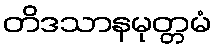
တိဒသာနမုတ္တမံ